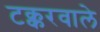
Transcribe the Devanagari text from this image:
टक्करवाले